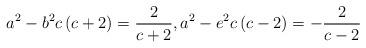
LaTeX: \begin{align*}a^{2}-b^{2}c\left( c+2\right) =\frac{2}{c+2},a^{2}-e^{2}c\left( c-2\right) =-\frac{2}{c-2} \end{align*}